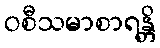
ဝစီသမာစာရန္တိ